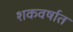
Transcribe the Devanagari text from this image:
शकवर्षात